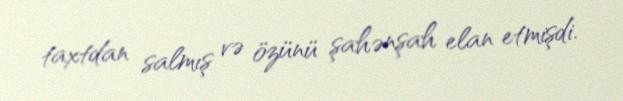
taxtdan salmış və özünü şahənşah elan etmişdi.